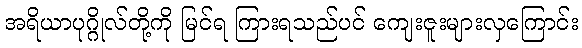
အရိယာပုဂ္ဂိုလ်တို့ကို မြင်ရ ကြားရသည်ပင် ကျေးဇူးများလှကြောင်း